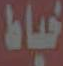
خياط